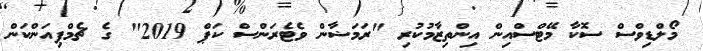
މޯލްޑިވްސް ސޮކާ މޭޓްސްއިން އިންތިޒާމުކުރި "ރަމަޟާން ވެޓެރަންސް ކަޕް 2019" ގެ ޗެމްޕިއަންކަން